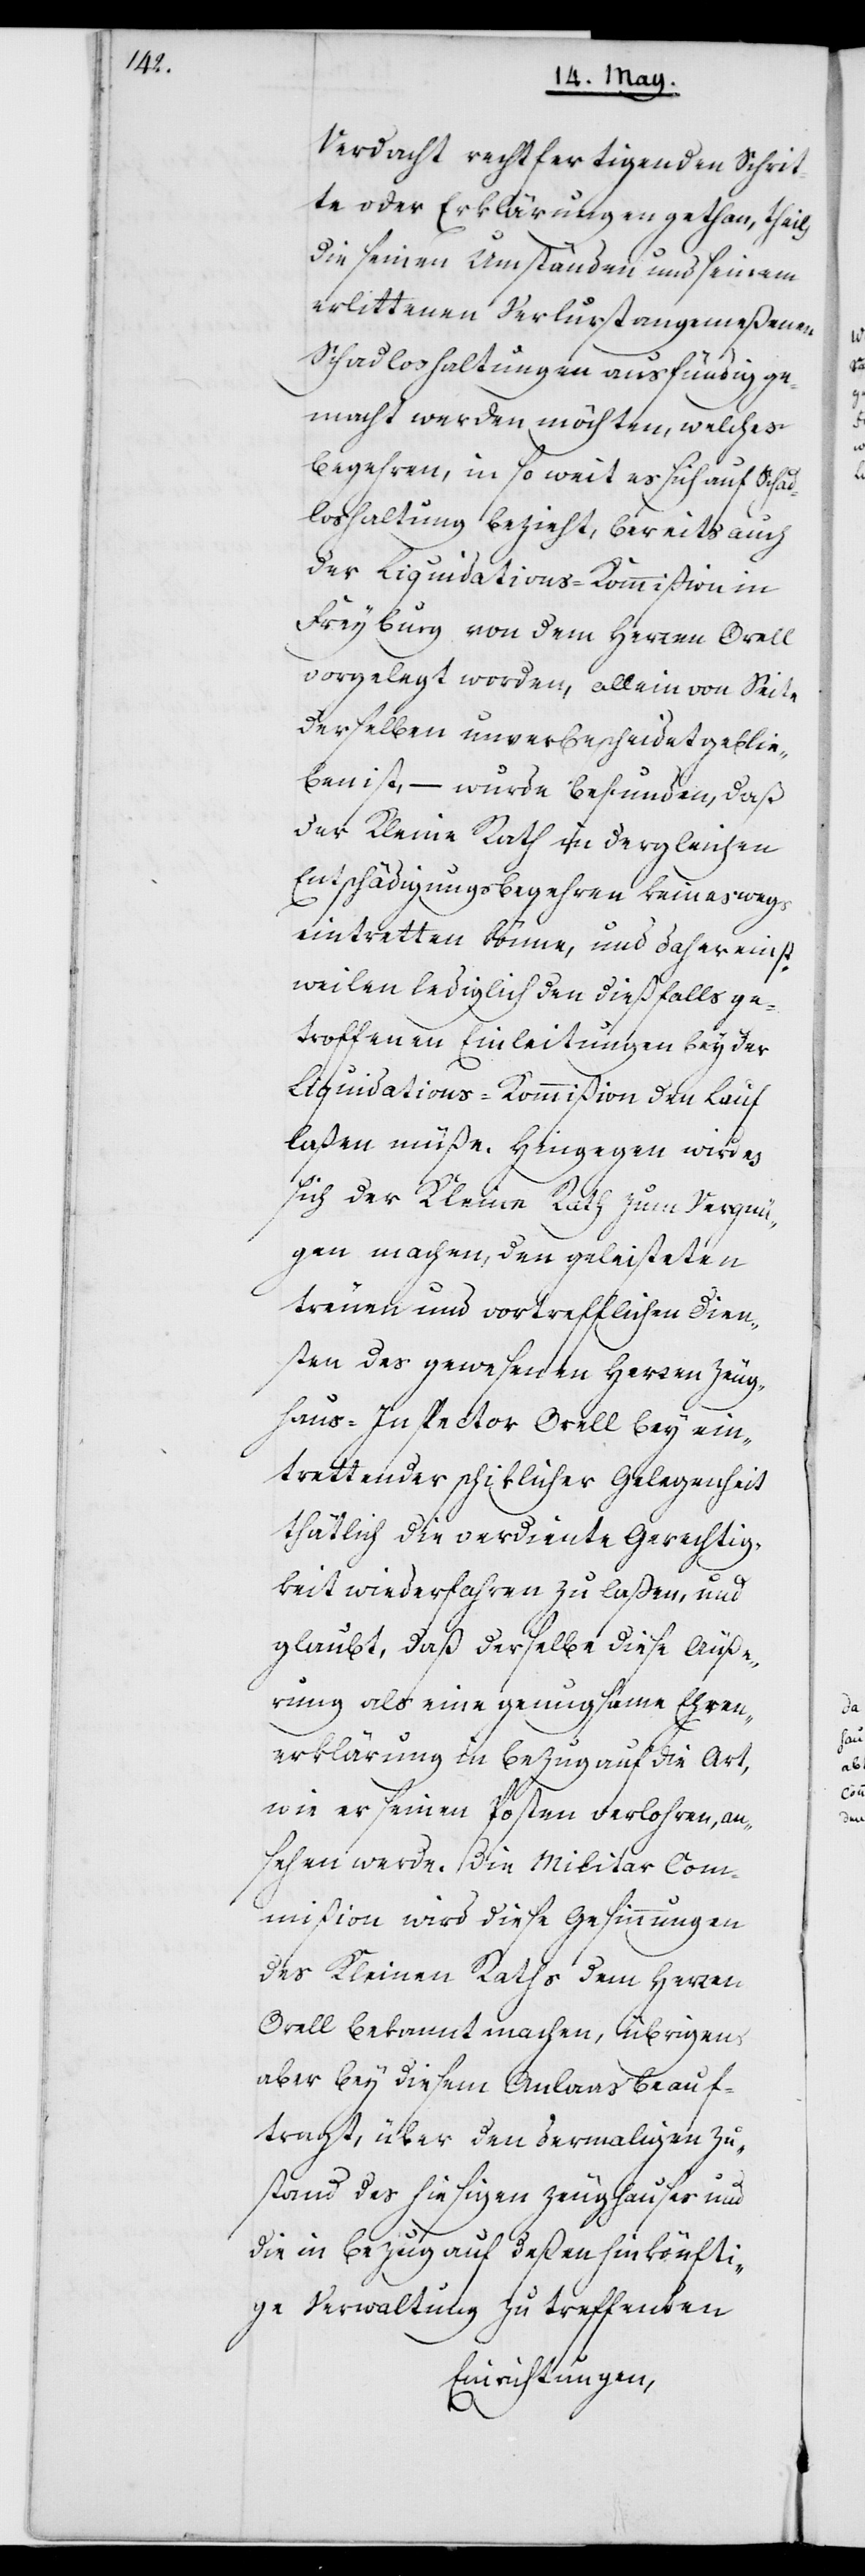
Verdacht rechtfertigenden Schrit¬
te oder Erklärungen gethan, theils
die seinen Umständen und seinem
erlittenen Verlurst angemeßenen
Schadloshaltungen ausfündig ge¬
macht werden möchten, welches
Begehren, in so weit es sich auf Schad¬
loshaltung bezieht, bereits auch
der Liquidations-Kommißion in
Freyburg von dem Herren Orell
vorgelegt worden, allein von Seite
derselben unverbescheidet geblie¬
ben ist, – wurde befunden, daß
der Kleine Rath in dergleichen
Entschädigungsbegehren keineswegs
eintretten könne, und daher einst¬
weilen lediglich den dießfalls ge¬
troffenen Einleitungen bey der
Liquidations-Kommißion den Lauf
laßen müße. Hingegen wird es
sich der Kleine Rath zum Vergnü¬
gen machen, den geleisteten
treuen und vortrefflichen Dien¬
sten des gewesenen Herren Zeug¬
haus-Inspector Orell bey ein¬
trettender schiklicher Gelegenheit
thätlich die verdiente Gerechtig¬
keit wiederfahren zu laßen, und
glaubt, daß derselbe diese Äuße¬
rung als eine genugsame Ehren¬
erklärung in Bezug auf die Art,
wie er seinen Posten verlohren, an¬
sehen werde. Die Militar Com¬
mißion wird diese Gesinnungen
des Kleinen Raths dem Herren
Orell bekannt machen, übrigens
aber bey diesem Anlaß beauf¬
tragt, über den dermaligen Zu¬
stand des hiesigen Zeughauses und
die in Bezug auf deßen hinkönfti¬
ge Verwaltung zu treffenden